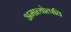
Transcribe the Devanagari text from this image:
अमात्योत्पत्ति